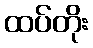
ထပ်တိုး